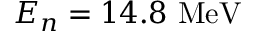
E _ { n } = 1 4 . 8 ~ \mathrm { M e V }